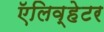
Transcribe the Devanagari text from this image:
ऍलिव्हेटर